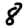
Digit: 8